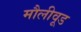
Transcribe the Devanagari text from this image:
मौलीवूड